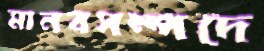
মানবসম্পদে